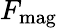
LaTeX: F_{\mathrm{mag}}